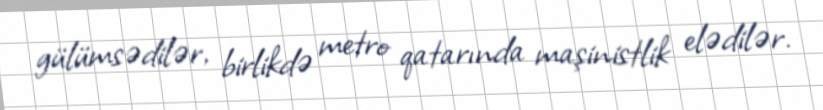
gülümsədilər, birlikdə metro qatarında maşinistlik elədilər.